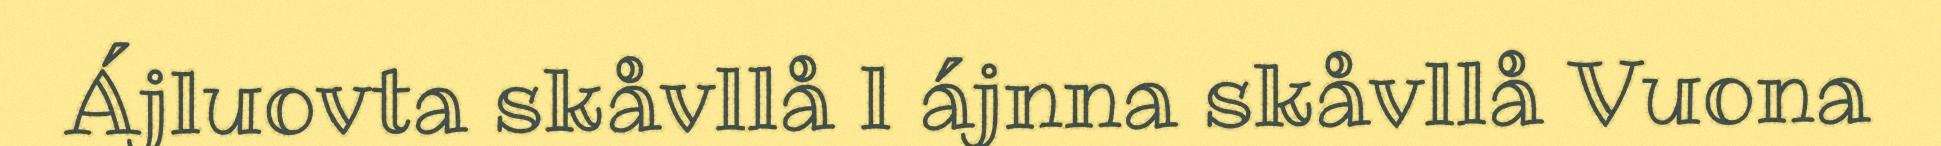
Ájluovta skåvllå l ájnna skåvllå Vuona